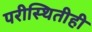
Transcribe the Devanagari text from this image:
परीस्थितीही